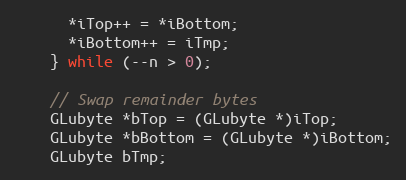
Language: C++
      *iTop++ = *iBottom;
      *iBottom++ = iTmp;
    } while (--n > 0);

    // Swap remainder bytes
    GLubyte *bTop = (GLubyte *)iTop;
    GLubyte *bBottom = (GLubyte *)iBottom;
    GLubyte bTmp;